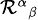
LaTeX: \scriptstyle{\mathcal{R}^{\alpha}}_{\beta}